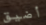
أضيق